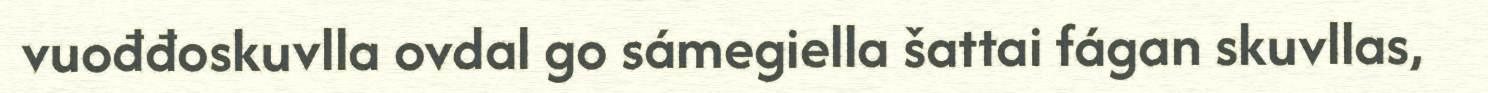
vuođđoskuvlla ovdal go sámegiella šattai fágan skuvllas,